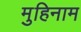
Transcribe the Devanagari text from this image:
मुहिनाम